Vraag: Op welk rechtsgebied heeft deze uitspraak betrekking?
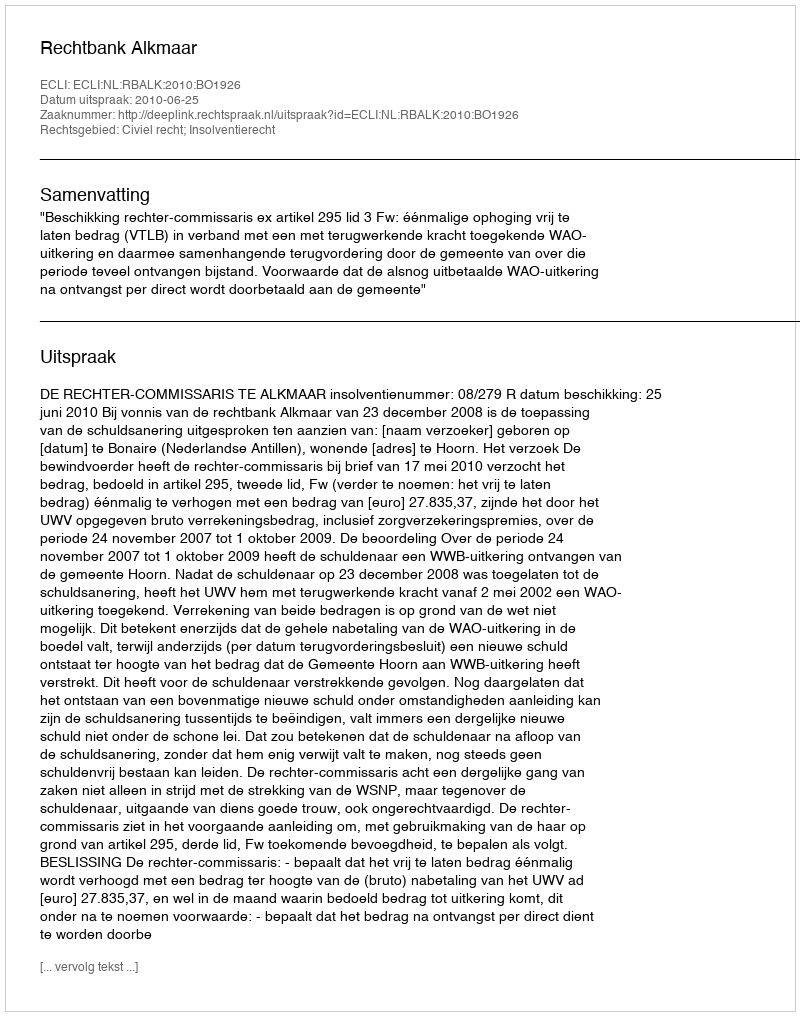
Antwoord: Civiel recht; Insolventierecht